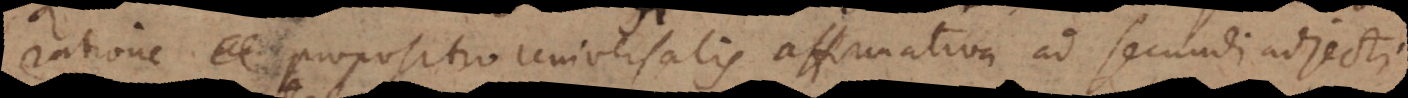
ratione propositio universalis affirmativa ad secundi adjecti